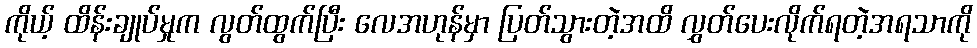
ကိုယ့် ထိန်းချုပ်မှုက လွတ်ထွက်ပြီး လေအဟုန်မှာ ပြတ်သွားတဲ့အထိ လွှတ်ပေးလိုက်ရတဲ့အရသာကို